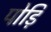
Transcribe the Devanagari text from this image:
पोड़ि